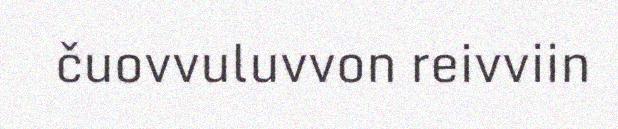
čuovvuluvvon reivviin